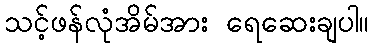
သင့်ဖန်လုံအိမ်အား ရေဆေးချပါ။